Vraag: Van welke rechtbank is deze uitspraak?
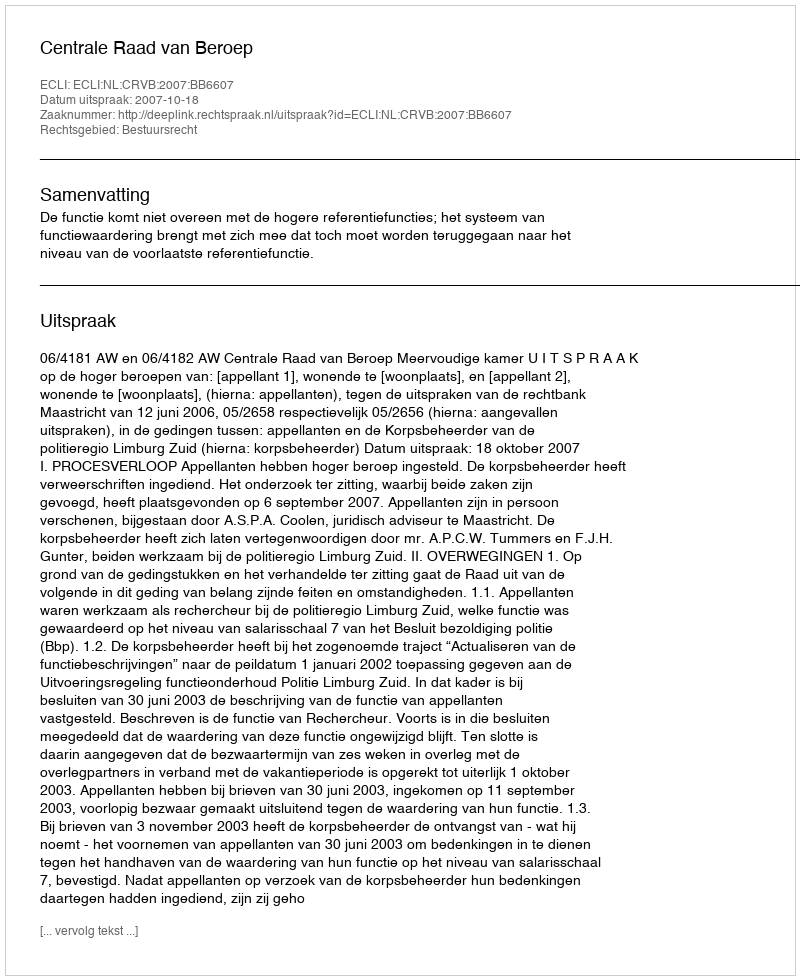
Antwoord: Centrale Raad van Beroep